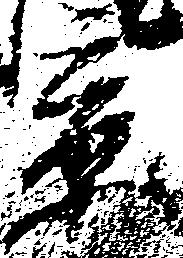
景